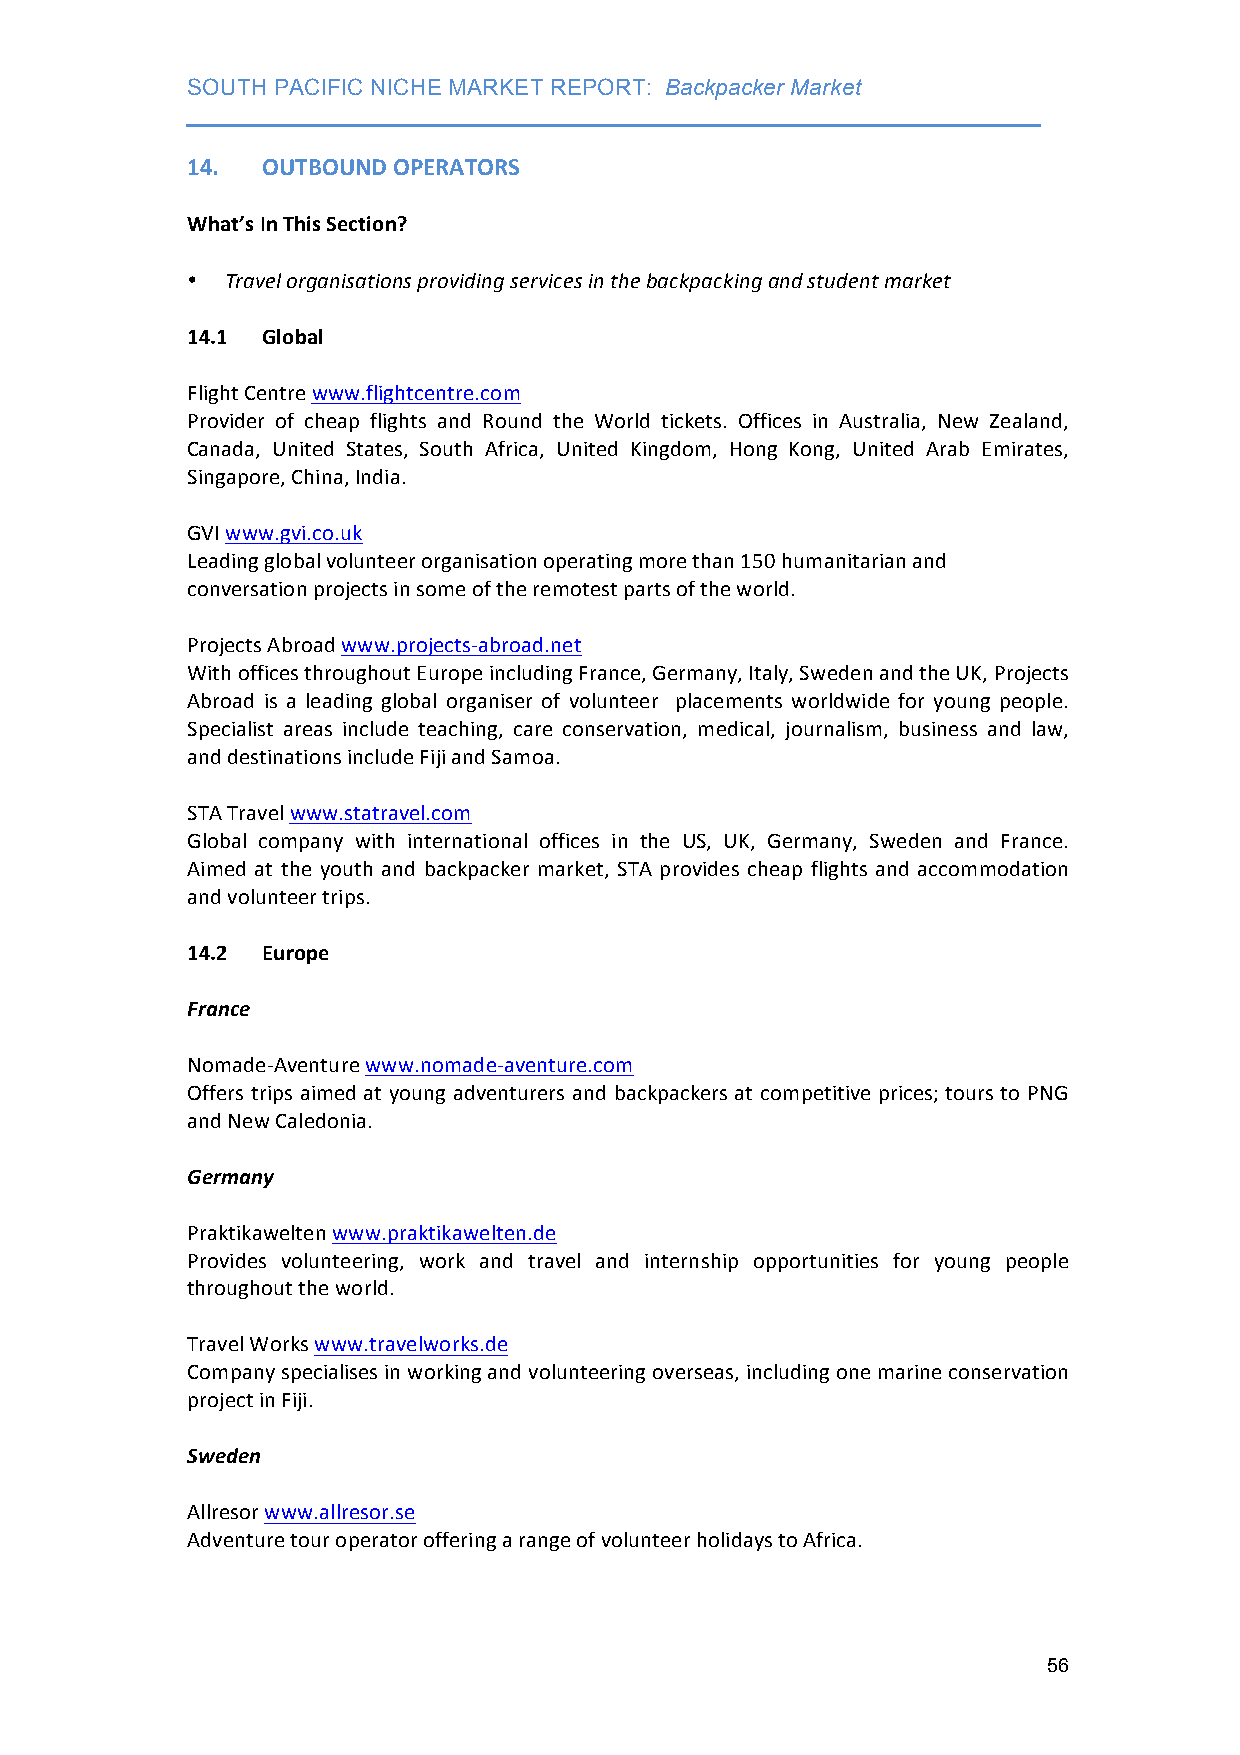
SOUTH PACIFIC NICHE MARKET REPORT: Backpacker Market
 ___________________________________________________________________
 14.  OUTBOUND OPERATORS
 What’s In This Section?
 •  Travel organisations providing services in the backpacking and student market
 14.1 Global
 Flight Centre www.flightcentre.com
 Provider of cheap flights and Round the World tickets. Offices in Australia, New Zealand,
 Canada, United States, South Africa, United Kingdom, Hong Kong, United Arab Emirates,
 Singapore, China, India.
 GVI www.gvi.co.uk
 Leading global volunteer organisation operating more than 150 humanitarian and
 conversation projects in some of the remotest parts of the world.
 Projects Abroad www.projects-­‐abroad.net
 With offices throughout Europe including France, Germany, Italy, Sweden and the UK, Projects
 Abroad is a leading global organiser of volunteer placements worldwide for young people.
 Specialist areas include teaching, care conservation, medical, journalism, business and law,
 and destinations include Fiji and Samoa.
 STA Travel www.statravel.com
 Global company with international offices in the US, UK, Germany, Sweden and France.
 Aimed at the youth and backpacker market, STA provides cheap flights and accommodation
 and volunteer trips.
 14.2 Europe
 France
 Nomade-­‐Aventure www.nomade-­‐aventure.com
 Offers trips aimed at young adventurers and backpackers at competitive prices; tours to PNG
 and New Caledonia.
 Germany
 Praktikawelten www.praktikawelten.de
 Provides volunteering, work and travel and internship opportunities for young people
 throughout the world.
 Travel Works www.travelworks.de
 Company specialises in working and volunteering overseas, including one marine conservation
 project in Fiji.
 Sweden
 Allresor www.allresor.se
 Adventure tour operator offering a range of volunteer holidays to Africa.
 56